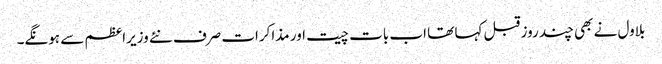
بلاول نے بھی چند روز قبل کہا تھا اب بات چیت اور مذاکرات صرف نئے وزیراعظم سے ہونگے۔